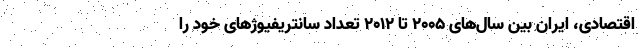
اقتصادی، ایران بین سال‌های 2005 تا 2012 تعداد سانتریفیوژهای خود را